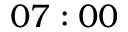
0 7 : 0 0